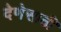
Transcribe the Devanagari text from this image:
देणेसाठी